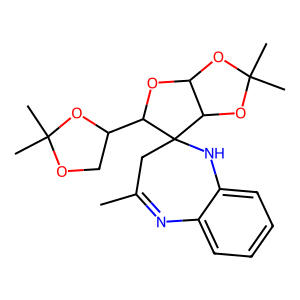
SMILES: CC1=Nc2ccccc2NC2(C1)C(C1COC(C)(C)O1)OC1OC(C)(C)OC12
Inhibits HIV replication: No